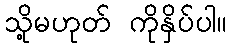
သို့မဟုတ် ကိုနှိပ်ပါ။